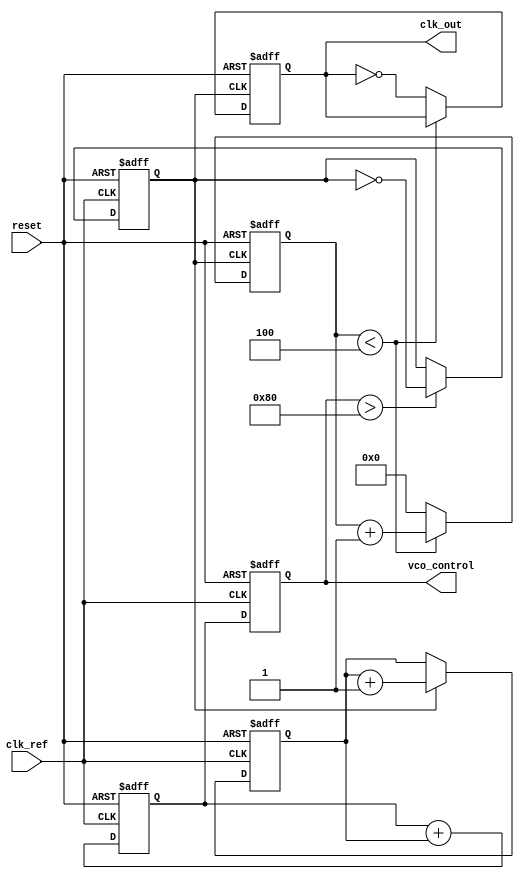
module fractional_n_pll (
    input wire clk_ref,          // Reference clock input
    input wire reset,            // Asynchronous reset
    output reg clk_out,          // Output clock
    output reg [7:0] vco_control // Control voltage for VCO (for simulation purposes)
);

// Parameters
parameter N_INT = 4;           // Integer division ratio
parameter N_FRAC = 3;          // Fractional division ratio
parameter N_FRAC_BITS = 8;     // Number of bits for fractional part

// Internal signals
reg [N_FRAC_BITS-1:0] frac_counter; // Counter for fractional division
reg [N_FRAC_BITS-1:0] frac_divider;  // Divider for fractional part
reg [N_FRAC_BITS-1:0] phase_error;    // Phase error signal
reg [N_FRAC_BITS-1:0] loop_filter;     // Output of loop filter
reg vco_clk;                          // VCO clock signal
reg [N_INT-1:0] feedback_counter;      // Feedback counter

// Phase Detector (PFD)
always @(posedge clk_ref or posedge reset) begin
    if (reset) begin
        phase_error <= 0;
    end else begin
        // Simple phase error detection logic
        if (vco_clk) begin
            phase_error <= phase_error + 1; // Increment error on VCO clock
        end
    end
end

// Loop Filter (simple integrator)
always @(posedge clk_ref or posedge reset) begin
    if (reset) begin
        loop_filter <= 0;
    end else begin
        loop_filter <= loop_filter + phase_error; // Integrate phase error
    end
end

// Voltage-Controlled Oscillator (VCO)
always @(posedge clk_ref or posedge reset) begin
    if (reset) begin
        vco_control <= 0;
        vco_clk <= 0;
    end else begin
        vco_control <= loop_filter; // Control voltage from loop filter
        // Generate VCO clock based on control voltage (simplified)
        if (vco_control > 128) begin
            vco_clk <= ~vco_clk; // Toggle VCO clock
        end
    end
end

// Frequency Divider
always @(posedge vco_clk or posedge reset) begin
    if (reset) begin
        feedback_counter <= 0;
        clk_out <= 0;
        frac_counter <= 0;
    end else begin
        // Integer division
        if (feedback_counter < N_INT) begin
            feedback_counter <= feedback_counter + 1;
        end else begin
            feedback_counter <= 0;
            clk_out <= ~clk_out; // Toggle output clock
            // Handle fractional division
            if (frac_counter < N_FRAC) begin
                frac_counter <= frac_counter + 1;
            end else begin
                frac_counter <= 0; // Reset fractional counter
            end
        end
    end
end

endmodule